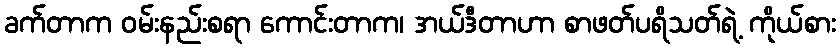
ခက်တာက ဝမ်းနည်းစရာ ကောင်းတာက၊ အယ်ဒီတာဟာ စာဖတ်ပရိသတ်ရဲ့ ကိုယ်စား